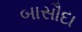
બાસૌદા